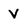
Character: V